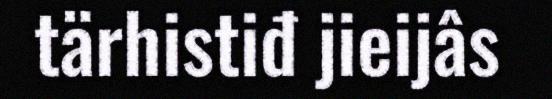
tärhistiđ jieijâs